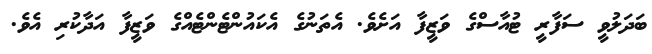
ބަދަލުވީ ސަފާރީ ޓުއާސްގެ ވަޒީފާ އަށެވެ. އެތަނުގެ އެކައުންޓެންޓެއްގެ ވަޒީފާ އަދާކުރި އެވެ.